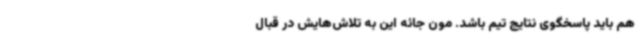
هم باید پاسخگوی نتایج تیم باشد. مون جائه این به تلاش‌هایش در قبال